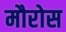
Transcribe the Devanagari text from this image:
मौरोस